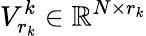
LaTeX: V_{r_{k}}^{k}\in\mathbb{R}^{N\times{r_{k}}}